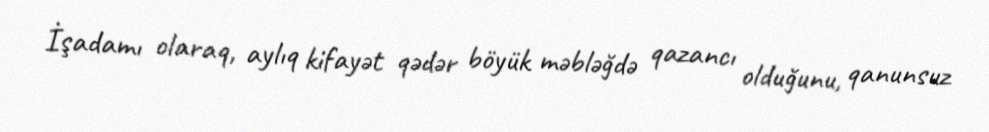
İşadamı olaraq, aylıq kifayət qədər böyük məbləğdə qazancı olduğunu, qanunsuz